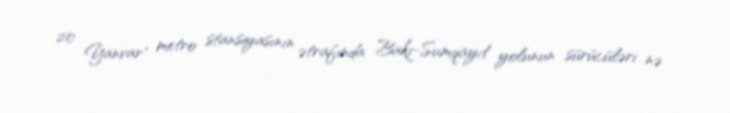
20 Yanvar" metro stansiyasının ətrafında Bakı-Sumqayıt yolunun sürücüləri nə